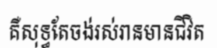
គឺសុទ្ធតែចង់រស់រានមានជីវិត